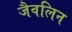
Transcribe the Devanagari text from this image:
जैवलिन